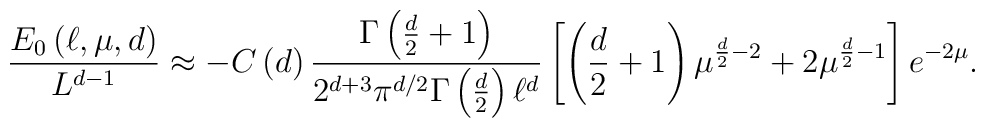
\frac{E_{0}\left( \ell ,\mu ,d\right) }{L^{d-1}}\approx -C\left( d\right) \frac{\Gamma \left( \frac{d}{2}+1\right) }{2^{d+3}\pi ^{d/2}\Gamma \left( \frac{d}{2}\right) \ell ^{d}}\left[ \left( \frac{d}{2}+1\right) \mu ^{\frac{d}{2}-2}+2\mu ^{\frac{d}{2}-1}\right] e^{-2\mu }.